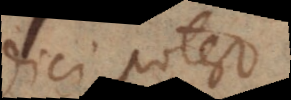
dici potest